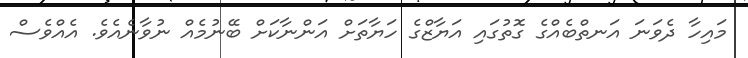
މައިހާ ދެވަނަ އަނތްބެއްގެ ގޮތުގައި އަޔާޒްގެ ހަޔާތަށް އަންނާކަށް ބޭނުމެއް ނުވާނެއެވެ. އެއްވެސް